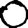
Digit: 0